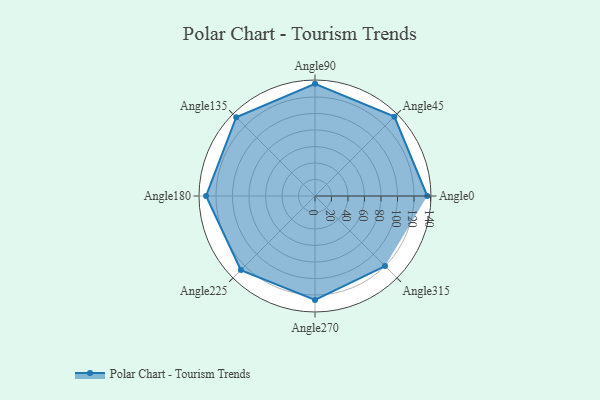
{"axis": {"x": "Angle", "y": "Radius"}, "legend": [""], "data": [{"x": "Angle0", "y": 136.0, "type": ""}, {"x": "Angle45", "y": 136.0, "type": ""}, {"x": "Angle90", "y": 136.0, "type": ""}, {"x": "Angle135", "y": 135.0, "type": ""}, {"x": "Angle180", "y": 132.0, "type": ""}, {"x": "Angle225", "y": 127.0, "type": ""}, {"x": "Angle270", "y": 126.0, "type": ""}, {"x": "Angle315", "y": 120.0, "type": ""}]}